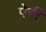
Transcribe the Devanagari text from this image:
पेर्री